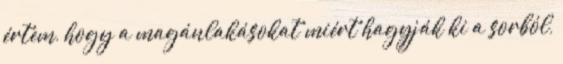
értem, hogy a magánlakásokat miért hagyják ki a sorból,